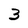
Character: 3